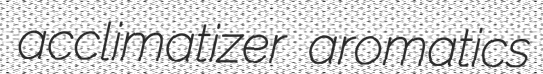
acclimatizer aromatics